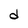
Character: d